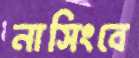
নাসিংবে